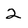
Character: 2